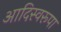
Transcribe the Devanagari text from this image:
आदिस्वरूपा